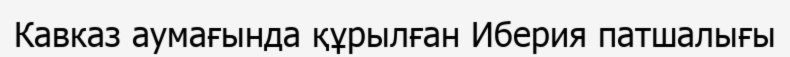
Кавказ аумағында құрылған Иберия патшалығы